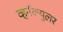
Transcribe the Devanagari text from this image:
व्हर्नॅक्युलर